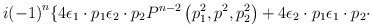
\begin{align*}i {\left( -1\right)}^n \lbrace 4 {\epsilon}_1 \cdot p_1{\epsilon}_2 \cdot p_2 P^{n-2} \left(p_1^2,p^2,p_2^2\right) + 4{\epsilon}_2 \cdot p_1 {\epsilon}_1 \cdot p_2 \cdot\end{align*}